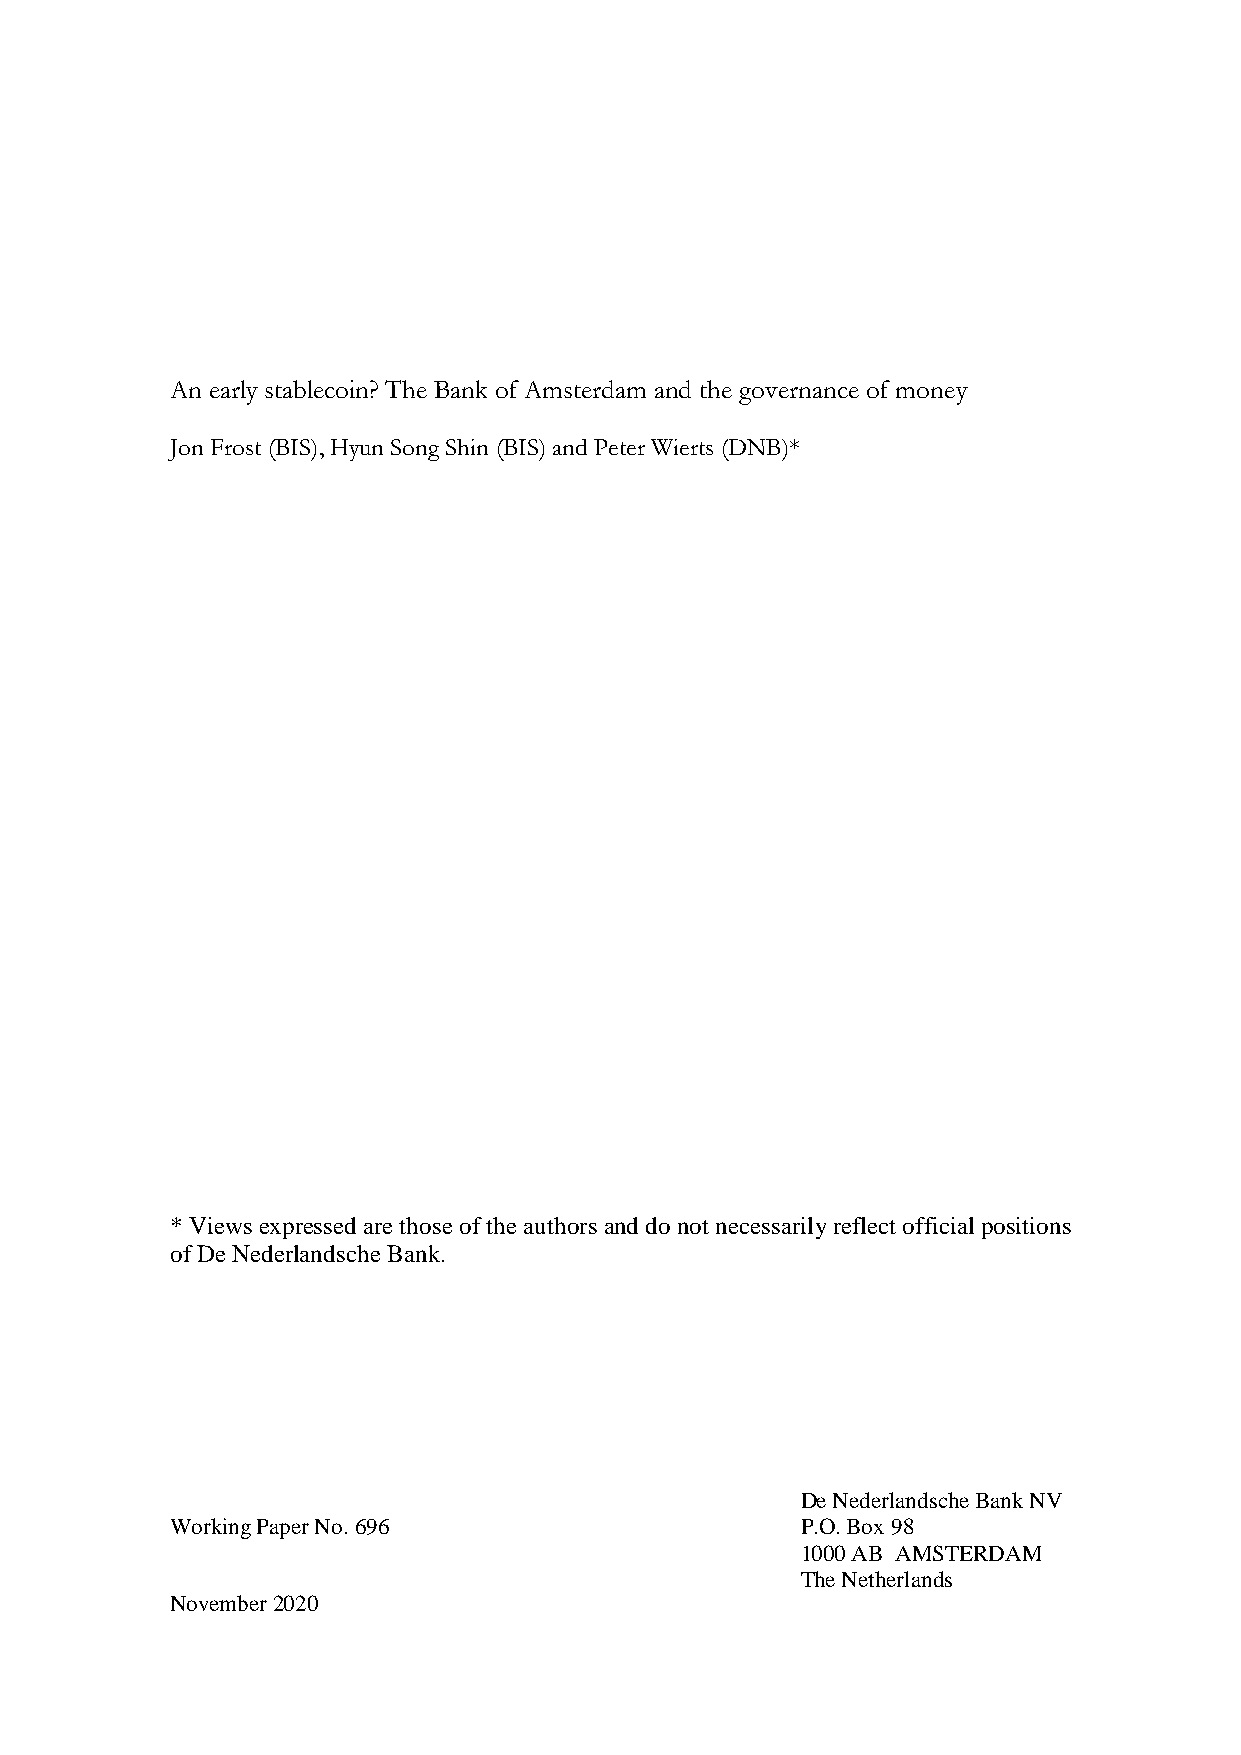
An early stablecoin? The Bank of Amsterdam and the governance of money
 Jon Frost (BIS), Hyun Song Shin (BIS) and Peter Wierts (DNB)*
 * Views expressed are those of the authors and do not necessarily reflect official positions
 of De Nederlandsche Bank.
 De Nederlandsche Bank NV
 Working Paper No. 696                     P.O. Box 98
 1000 AB AMSTERDAM
 The Netherlands
 November 2020